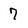
Character: 7